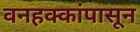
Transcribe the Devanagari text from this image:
वनहक्कांपासून